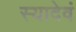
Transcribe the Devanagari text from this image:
स्यादेवं